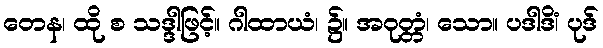
တေန၊ ထို စ သဒ္ဒါဖြင့်။ ဂါထာယံ၊ ၌။ အဝုတ္တံ၊ သော။ ပဒါဒိံ၊ ပုဒ်